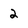
Character: 2